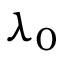
\lambda _ { 0 }